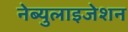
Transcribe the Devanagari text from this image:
नेब्युलाइजेशन